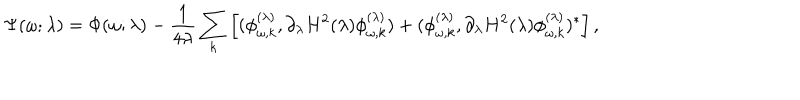
LaTeX: \Psi ( \omega ; \lambda ) = \Phi ( \omega ; \lambda ) - { \frac { 1 } { 4 \lambda } } \sum _ { k } \left[ ( \phi _ { \omega , k } ^ { ( \lambda ) } , \partial _ { \lambda } H ^ { 2 } ( \lambda ) \phi _ { \omega , k } ^ { ( \lambda ) } ) + ( \phi _ { \omega , k } ^ { ( \lambda ) } , \partial _ { \lambda } H ^ { 2 } ( \lambda ) \phi _ { \omega , k } ^ { ( \lambda ) } ) ^ { * } \right] ,